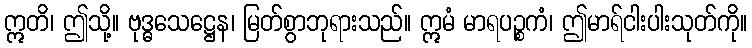
ဣတိ၊ ဤသို့။ ဗုဒ္ဓသေဋ္ဌေန၊ မြတ်စွာဘုရားသည်။ ဣမံ မာရပဉ္စကံ၊ ဤမာရ်ငါးပါးသုတ်ကို။